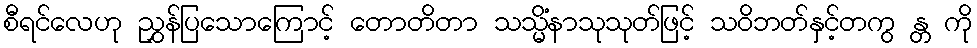
စီရင်လေဟု ညွှန်ပြသောကြောင့် တောတိတာ သသ္မိံနာသုသုတ်ဖြင့် သဝိဘတ်နှင့်တကွ န္တ ကို